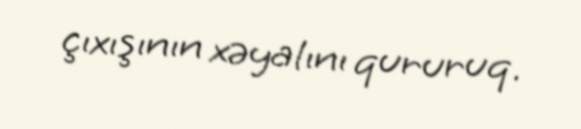
çıxışının xəyalını qururuq.